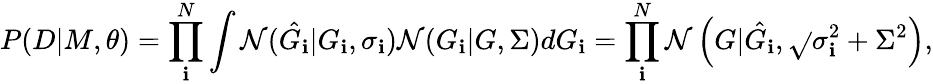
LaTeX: P(D|M,\theta)=\prod_{\mathbf{i}}^{N}\int\mathcal{{N}}(\hat{{G_{\mathbf{i}}}}|G_{\mathbf{i}},\sigma_{\mathbf{i}})\mathcal{{N}}(G_{\mathbf{i}}|G,\Sigma)dG_{\mathbf{i}}=\prod_{\mathbf{i}}^{N}\mathcal{{N}}\left(G|\hat{{G_{\mathbf{i}}}},\sqrt{}{{\sigma_{\mathbf{i}}^{2}+\Sigma^{2}}}\right),